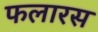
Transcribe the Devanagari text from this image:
फलारस